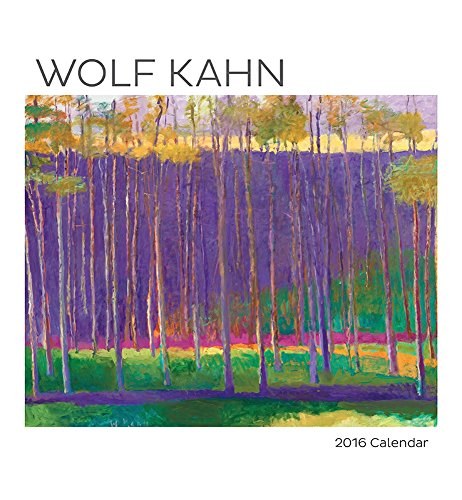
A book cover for Wolf Kahn 2016 Calendar; Arts & Photography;